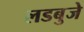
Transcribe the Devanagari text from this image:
लडबुजे